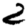
Digit: 2